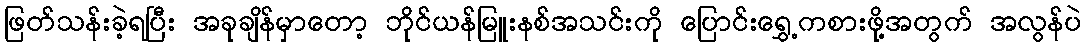
ဖြတ်သန်းခဲ့ရပြီး အခုချိန်မှာတော့ ဘိုင်ယန်မြူးနစ်အသင်းကို ပြောင်းရွှေ့ကစားဖို့အတွက် အလွန်ပဲ